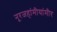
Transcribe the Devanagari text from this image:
नूरजहांमीयांमीर